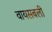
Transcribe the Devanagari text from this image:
वायसबली